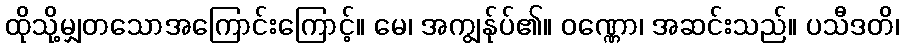
ထိုသို့မျှတသောအကြောင်းကြောင့်။ မေ၊ အကျွန်ုပ်၏။ ဝဏ္ဏော၊ အဆင်းသည်။ ပသီဒတိ၊